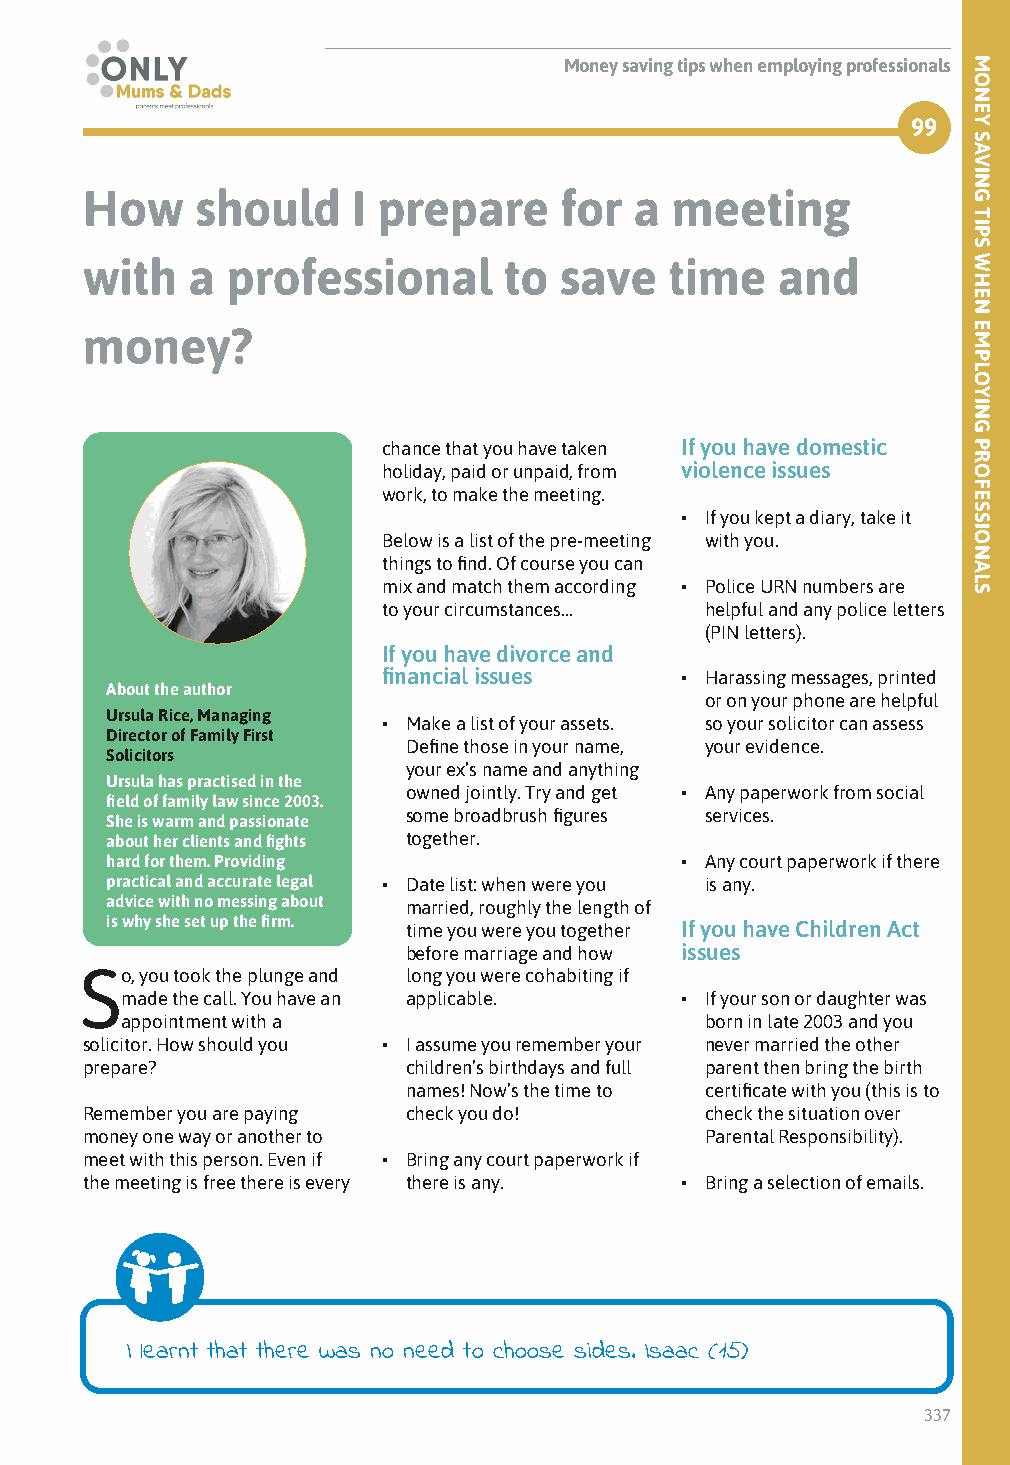
Money saving tips when employing professionals
 99
 How     should    I prepare     for  a meeting
 with   a  professional      to  save   time   and
 money?
 chance that you have taken If you have domestic
 holiday, paid or unpaid, from violence issues
 work, to make the meeting.
 • If you kept a diary, take it
 Below is a list of the pre-meeting with you.
 things to find. Of course you can
 mix and match them according • Police URN numbers are
 to your circumstances… helpful and any police letters
 (PIN letters).
 If you have divorce and
 financial issues    • Harassing messages, printed
 About the author
 or on your phone are helpful
 Ursula Rice, Managing
 • Make a list of your assets. so your solicitor can assess
 Director of Family First
 Define those in your name, your evidence.
 Solicitors
 your ex’s name and anything
 Ursula has practised in the
 owned jointly. Try and get • Any paperwork from social
 field of family law since 2003.
 some broadbrush figures services.
 She is warm and passionate
 about her clients and fights together.
 hard for them. Providing              • Any court paperwork if there
 practical and accurate legal • Date list: when were you is any.
 advice with no messing about married, roughly the length of
 is why she set up the firm. time you were you together If you have Children Act
 before marriage and how issues
 So, you took the plunge and long you were cohabiting if
 made the call. You have an applicable. • If your son or daughter was
 appointment with a                     born in late 2003 and you
 solicitor. How should you • I assume you remember your never married the other
 prepare?              children’s birthdays and full parent then bring the birth
 names! Now’s the time to certificate with you (this is to
 Remember you are paying check you do!     check the situation over
 money one way or another to               Parental Responsibility).
 meet with this person. Even if • Bring any court paperwork if
 the meeting is free there is every there is any. • Bring a selection of emails.
 I learnt that there was no need to choose sides. Isaac (15)
 337
 MONEY
 SAVING
 TIPS
 WHEN
 EMPLOYING
 PROFESSIONALS